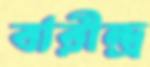
বারীন্দ্র